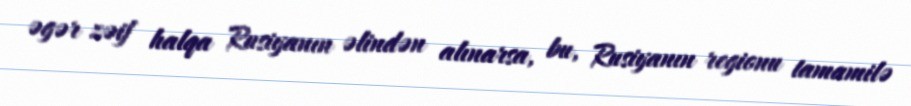
əgər zəif halqa Rusiyanın əlindən alınarsa, bu, Rusiyanın regionu tamamilə